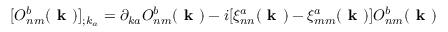
[ O _ { n m } ^ { b } ( \textbf { k } ) ] _ { ; k _ { a } } = \partial _ { k a } O _ { n m } ^ { b } ( \textbf { k } ) - i [ \xi _ { n n } ^ { a } ( \textbf { k } ) - \xi _ { m m } ^ { a } ( \textbf { k } ) ] O _ { n m } ^ { b } ( \textbf { k } )